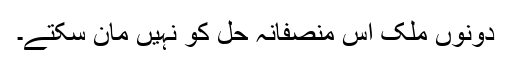
دونوں ملک اس منصفانہ حل کو نہیں مان سکتے۔